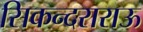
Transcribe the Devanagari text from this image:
सिकन्‍दराराऊ